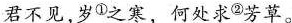
君不见，岁①\rightarrow之寒，何处求②\rightarrow芳草。